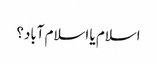
اسلام یا اسلام آباد؟